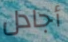
أجادل